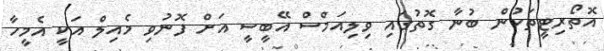
އޮތޯރިޓީތަކުން ބުނާ ގޮތުގައި ވިލިއަމްސް އޭބީސީ އަށް ފޮނުވި މެއިލް އަކީ އެމީހާ